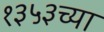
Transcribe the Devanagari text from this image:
१३५३च्या